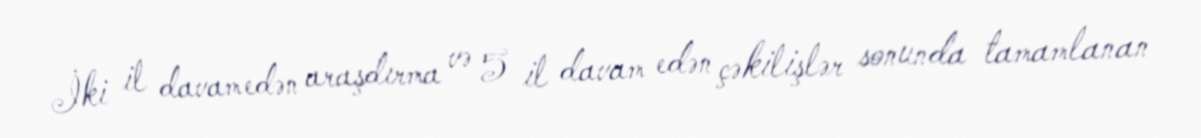
İki il davam edən araşdırma və 5 il davam edən çəkilişlər sonunda tamamlanan